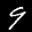
Label: 9